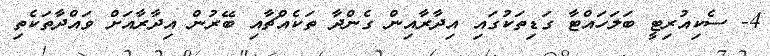
4- ސެކިއުރިޓީ ބަލަހައްޓާ ގަޑިތަކުގައި އިދާރާއިން ގެންދާ ތަކެއްޗާއި ބޭރުން އިދާރާއަށް ވައްދާތަކެތި